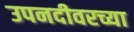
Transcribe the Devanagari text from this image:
उपनदीवरच्या